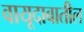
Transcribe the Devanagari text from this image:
वायूदाबातील